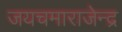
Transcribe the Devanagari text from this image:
जयचमाराजेन्द्र